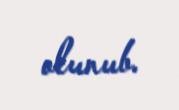
olunub.